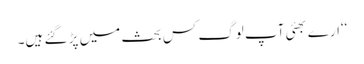
‘‘ارے بھئی آپ لوگ کس بحث میں پڑ گئے ہیں۔